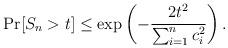
LaTeX: \begin{align*}\Pr[ S_n > t] \leq \exp \left( -\frac{2t^2}{\sum_{i=1}^n c_i^2} \right).\end{align*}